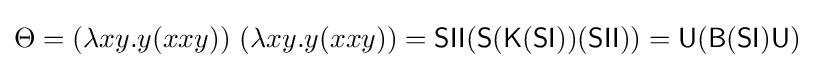
\Theta =(\lambda xy.y(xxy))\ (\lambda xy.y(xxy))={\mathsf {SII(S(K(SI))(SII))=U(B(SI)U)}}